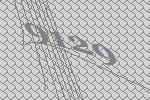
9129